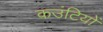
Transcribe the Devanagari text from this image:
कउंटियों